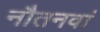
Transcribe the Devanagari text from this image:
नौतनवां